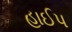
હાઈપ